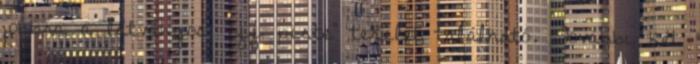
jobbra a látványos "off piste" terület található. További két